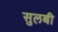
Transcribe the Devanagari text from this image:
सुलबी